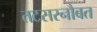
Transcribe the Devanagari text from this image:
तटसरनौबत